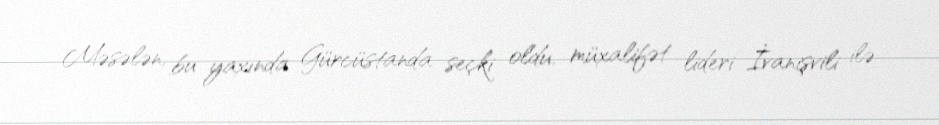
Məsələn, bu yaxında Gürcüstanda seçki oldu, müxalifət lideri İvanişvili ilə